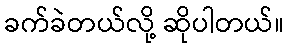
ခက်ခဲတယ်လို့ ဆိုပါတယ်။